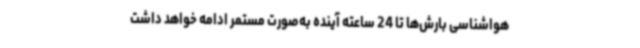
هواشناسی بارش‌ها تا 24 ساعته آینده به‌صورت مستمر ادامه خواهد داشت